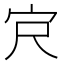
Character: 𪧆